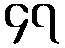
၄၇